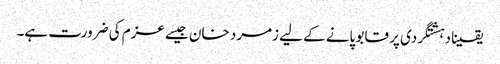
یقینا دہشتگردی پر قابو پانے کے لیے زمرد خان جیسے عزم کی ضرورت ہے۔